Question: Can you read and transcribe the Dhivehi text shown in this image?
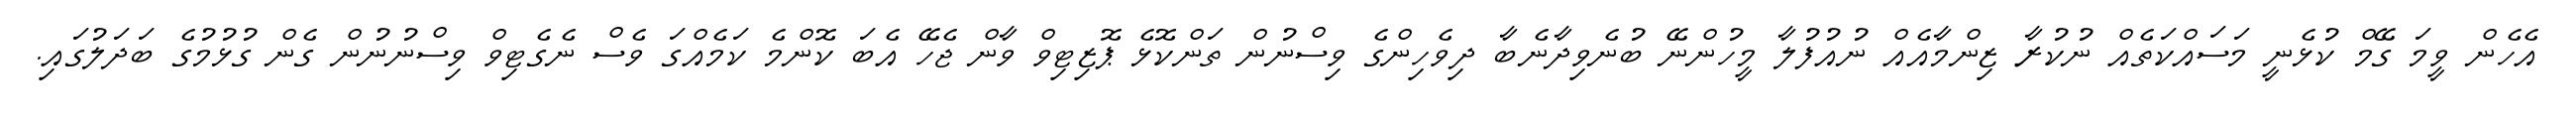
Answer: އެހެން ވީމަ ގޭމް ކުޅެނީ މަސައްކަތެއް ނުކުރާ ޒިންމާއެއް ނުއުފުލާ މީހުންނޭ ބުނެވިދާނެބާ ދިވެހިންގެ ވިސްނުން ތަންކޮޅެ ޕޮޒިޓިވް ވާން ޖެހޭ އެބަ ކޮންމެ ކަމެއްގަ ވެސް ނެގެޓިވް ވިސްނުނުން ގެން ގުޅުމުގެ ބަދަލުގައި.